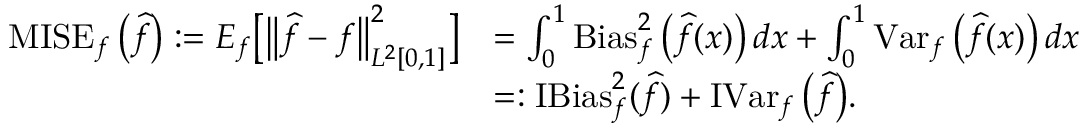
\begin{array} { r l } { \operatorname { M I S E } _ { f } \big ( \widehat f \big ) : = E _ { f } \big [ \big \| \widehat f - f \big \| _ { L ^ { 2 } [ 0 , 1 ] } ^ { 2 } \big ] } & { = \int _ { 0 } ^ { 1 } \operatorname { B i a s } _ { f } ^ { 2 } \big ( \widehat f ( x ) \big ) \, d x + \int _ { 0 } ^ { 1 } \operatorname { V a r } _ { f } \big ( \widehat f ( x ) \big ) \, d x } \\ & { = : \operatorname { I B i a s } _ { f } ^ { 2 } ( \widehat f ) + \operatorname { I V a r } _ { f } \big ( \widehat f \big ) . } \end{array}